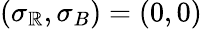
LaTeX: (\sigma_{\mathbb{R}},\sigma_{B})=(0,0)